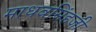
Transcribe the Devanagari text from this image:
माधवसिंहजी